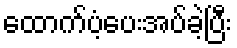
ထောက်ပံ့ပေးအပ်ခဲ့ပြီး